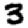
Digit: 3